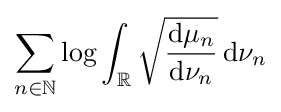
\sum _{n\in \mathbb {N} }\log \int _{\mathbb {R} }{\sqrt {\frac {\mathrm {d} \mu _{n}}{\mathrm {d} \nu _{n}}}}\,\mathrm {d} \nu _{n}